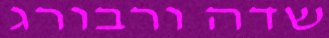
שדה ורבורג